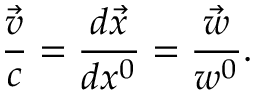
\frac { \vec { v } } { c } = \frac { d \vec { x } } { d x ^ { 0 } } = \frac { \vec { w } } { w ^ { 0 } } .